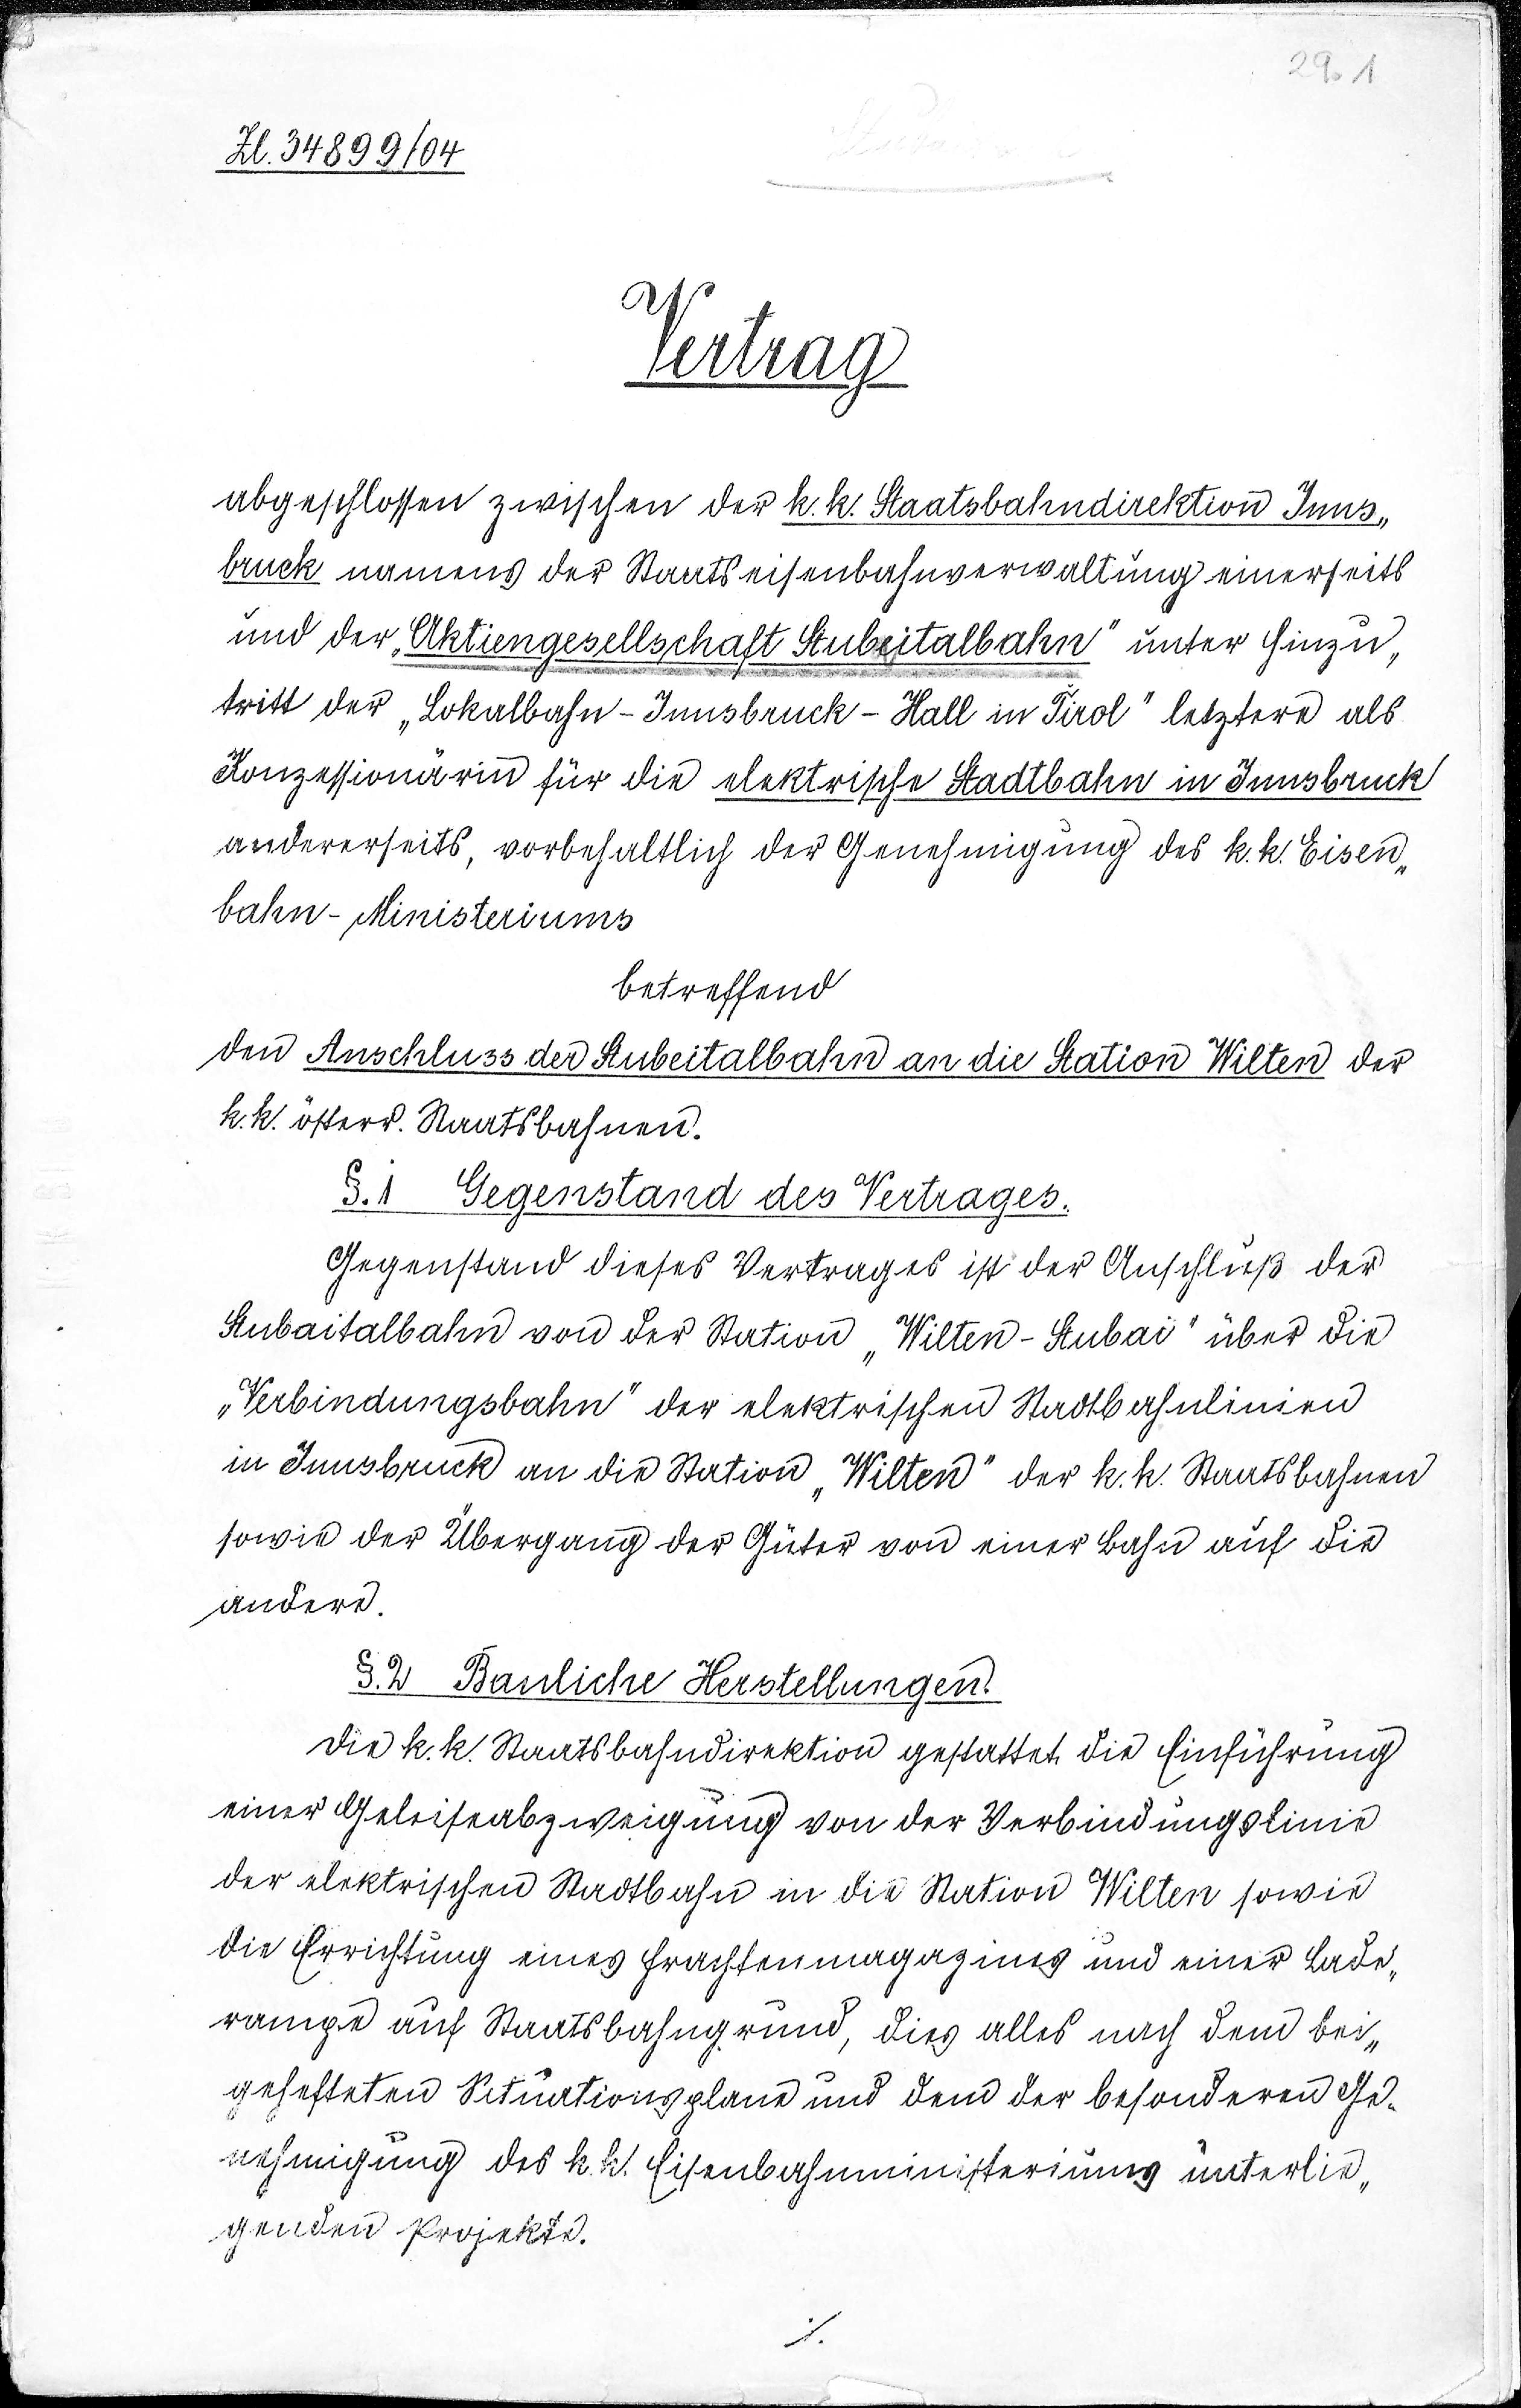
29.1
ZL. 34899/04
Vertrag
abgeschlossen zwischen der k.k. Staatsbahndirektion Inns¬
bruck namens der Staatseisenbahnverwaltung einerseits
und der "Aktiengesellschaft Stubaitalbahn" unter Hinzu¬
tritt der "Lokalbahn-Innsbruck-Hall in Tirol" letztere als
Konzessionärin für die elektrische Stadtbahn in Innsbruck
andererseits, vorbehaltlich der Genehmigung des k.k. Eisen¬
bahn-Ministeriums
betreffend
den Anschluss der Stubaitalbahn an die Station Wilten der
k.k. österr. Staatsbahnen.
§.1 Gegenstand des Vertrages.
Gegenstand dieses Vertrages ist der Anschluß der
Stubaitalbahn von der Station "Wilten-Stubai" über die
"Verbindungsbahn" der elektrischen Staatsbahnlinien
in Innsbruck an die Station "Wilten" der k.k. Staatsbahnen
sowie der Übergang der Güter von einer Bahn auf die
andere.
§.2 Bauliche Herstellungen.
Die k.k. Staatsbahndirektion gestattet die Einführung
einer Geleisabzweigung von der Verbindungslinie
der elektrischen Stadtbahn in die Station Wilten sowie
die Errichtung eines Frachtenmagazins und einer Lade¬
rampe auf Stadtbahngrund, dies alles nach dem bei¬
gehefteten Situationsplans und dem der besonderen Ge¬
nehmigung des k.k. Eisenbahnministeriums unterlie¬
genden Projekts.